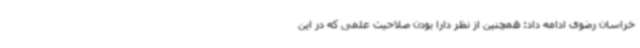
خراسان رضوی ادامه داد: همچنین از نظر دارا بودن صلاحیت علمی که در این